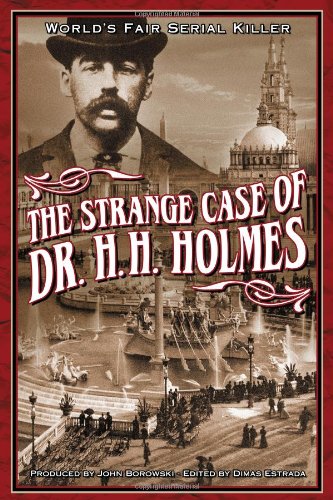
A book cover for The Strange Case Of Dr. H.H. Holmes; Biographies & Memoirs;